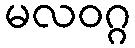
မလဝဂ္ဂ